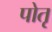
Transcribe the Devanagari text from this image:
पोतृ